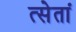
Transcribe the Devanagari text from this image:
त्सेतां